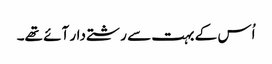
اُس کے بہت سے رشتے دار آئے تھے۔